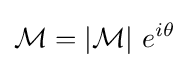
{\cal {M}}=|{\cal {M}}|\ e^{i\theta }